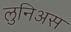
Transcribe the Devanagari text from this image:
लुनिअस